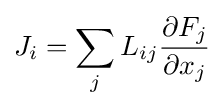
J_{i}=\sum _{j}L_{ij}{\frac {\partial F_{j}}{\partial x_{j}}}